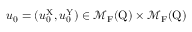
u _ { 0 } = ( u _ { 0 } ^ { \mathrm { X } } , u _ { 0 } ^ { \mathrm { Y } } ) \in \mathcal { M } _ { \mathrm { F } } ( \mathrm { Q } ) \times \mathcal { M } _ { \mathrm { F } } ( \mathrm { Q } )